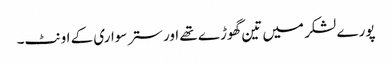
پورے لشکر میں تین گھوڑے تھے اور ستر سواری کے اونٹ۔